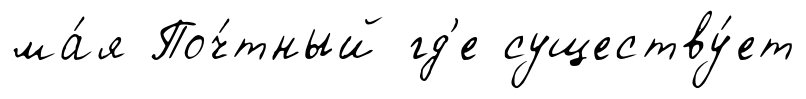
ма́я Поч́тный гд'е существу́ет